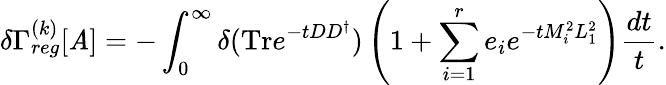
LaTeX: \delta\Gamma_{reg}^{(k)}[\mathit{A}]=-\int_{0}^{\infty}\delta(\mathrm{{Tr}}e^{-tDD^{\dagger}})\left(1+\sum_{i=1}^{r}e_{i}e^{-tM_{i}^{2}L_{1}^{2}}\right)\frac{{dt}}{{t}}.